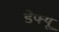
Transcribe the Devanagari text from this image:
डेफ्यू